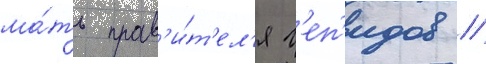
ма́ть прав'и́т'ел'я г'еп'идов //